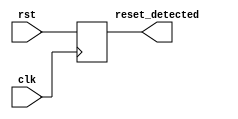
module sync_reset_detector (
    input wire clk,              // Clock signal
    input wire rst,              // Synchronous reset signal
    output reg reset_detected     // Output indicating reset status
);

// Always block triggered on the rising edge of the clock
always @(posedge clk) begin
    // Capture the state of the reset signal
    reset_detected <= rst; // Synchronously update the output based on rst
end

endmodule